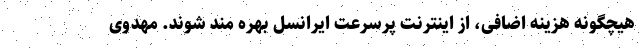
هیچگونه هزینه اضافی، از اینترنت پرسرعت ایرانسل بهره مند شوند. مهدوی